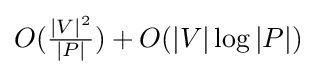
O({\tfrac {|V|^{2}}{|P|}})+O(|V|\log |P|)